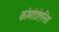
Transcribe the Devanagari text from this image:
कोमोडोएनिस